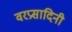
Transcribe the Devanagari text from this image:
वरप्रसादिनी